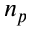
n _ { p }